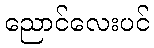
ညောင်လေးပင်